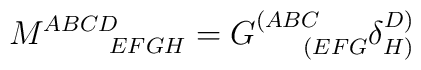
M^{ABCD}_{\qquad \, EFGH} = G^{(ABC}_{\quad \ \,(EFG} \delta ^{D)}_{H)} \label D